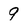
Character: 9